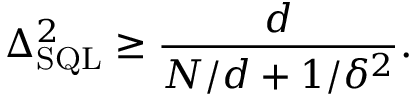
\Delta _ { \mathrm { S Q L } } ^ { 2 } \geq \frac { d } { N / d + 1 / \delta ^ { 2 } } .